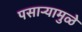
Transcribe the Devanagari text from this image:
पसाऱ्यामुळे